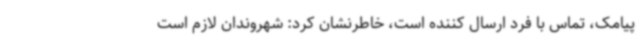
پیامک، تماس با فرد ارسال کننده است، خاطرنشان کرد: شهروندان لازم است